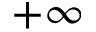
+ \infty